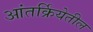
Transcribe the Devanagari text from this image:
आंतर्क्रियेतील